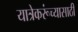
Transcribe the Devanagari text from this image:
यात्रेकरूंच्यासाठी